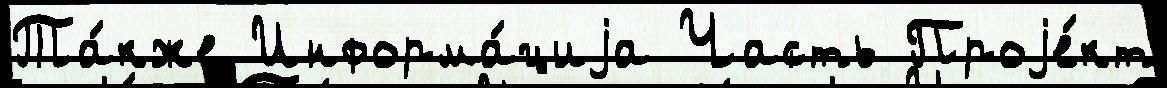
Та́кже Информа́циjа Часть Проjе́кт